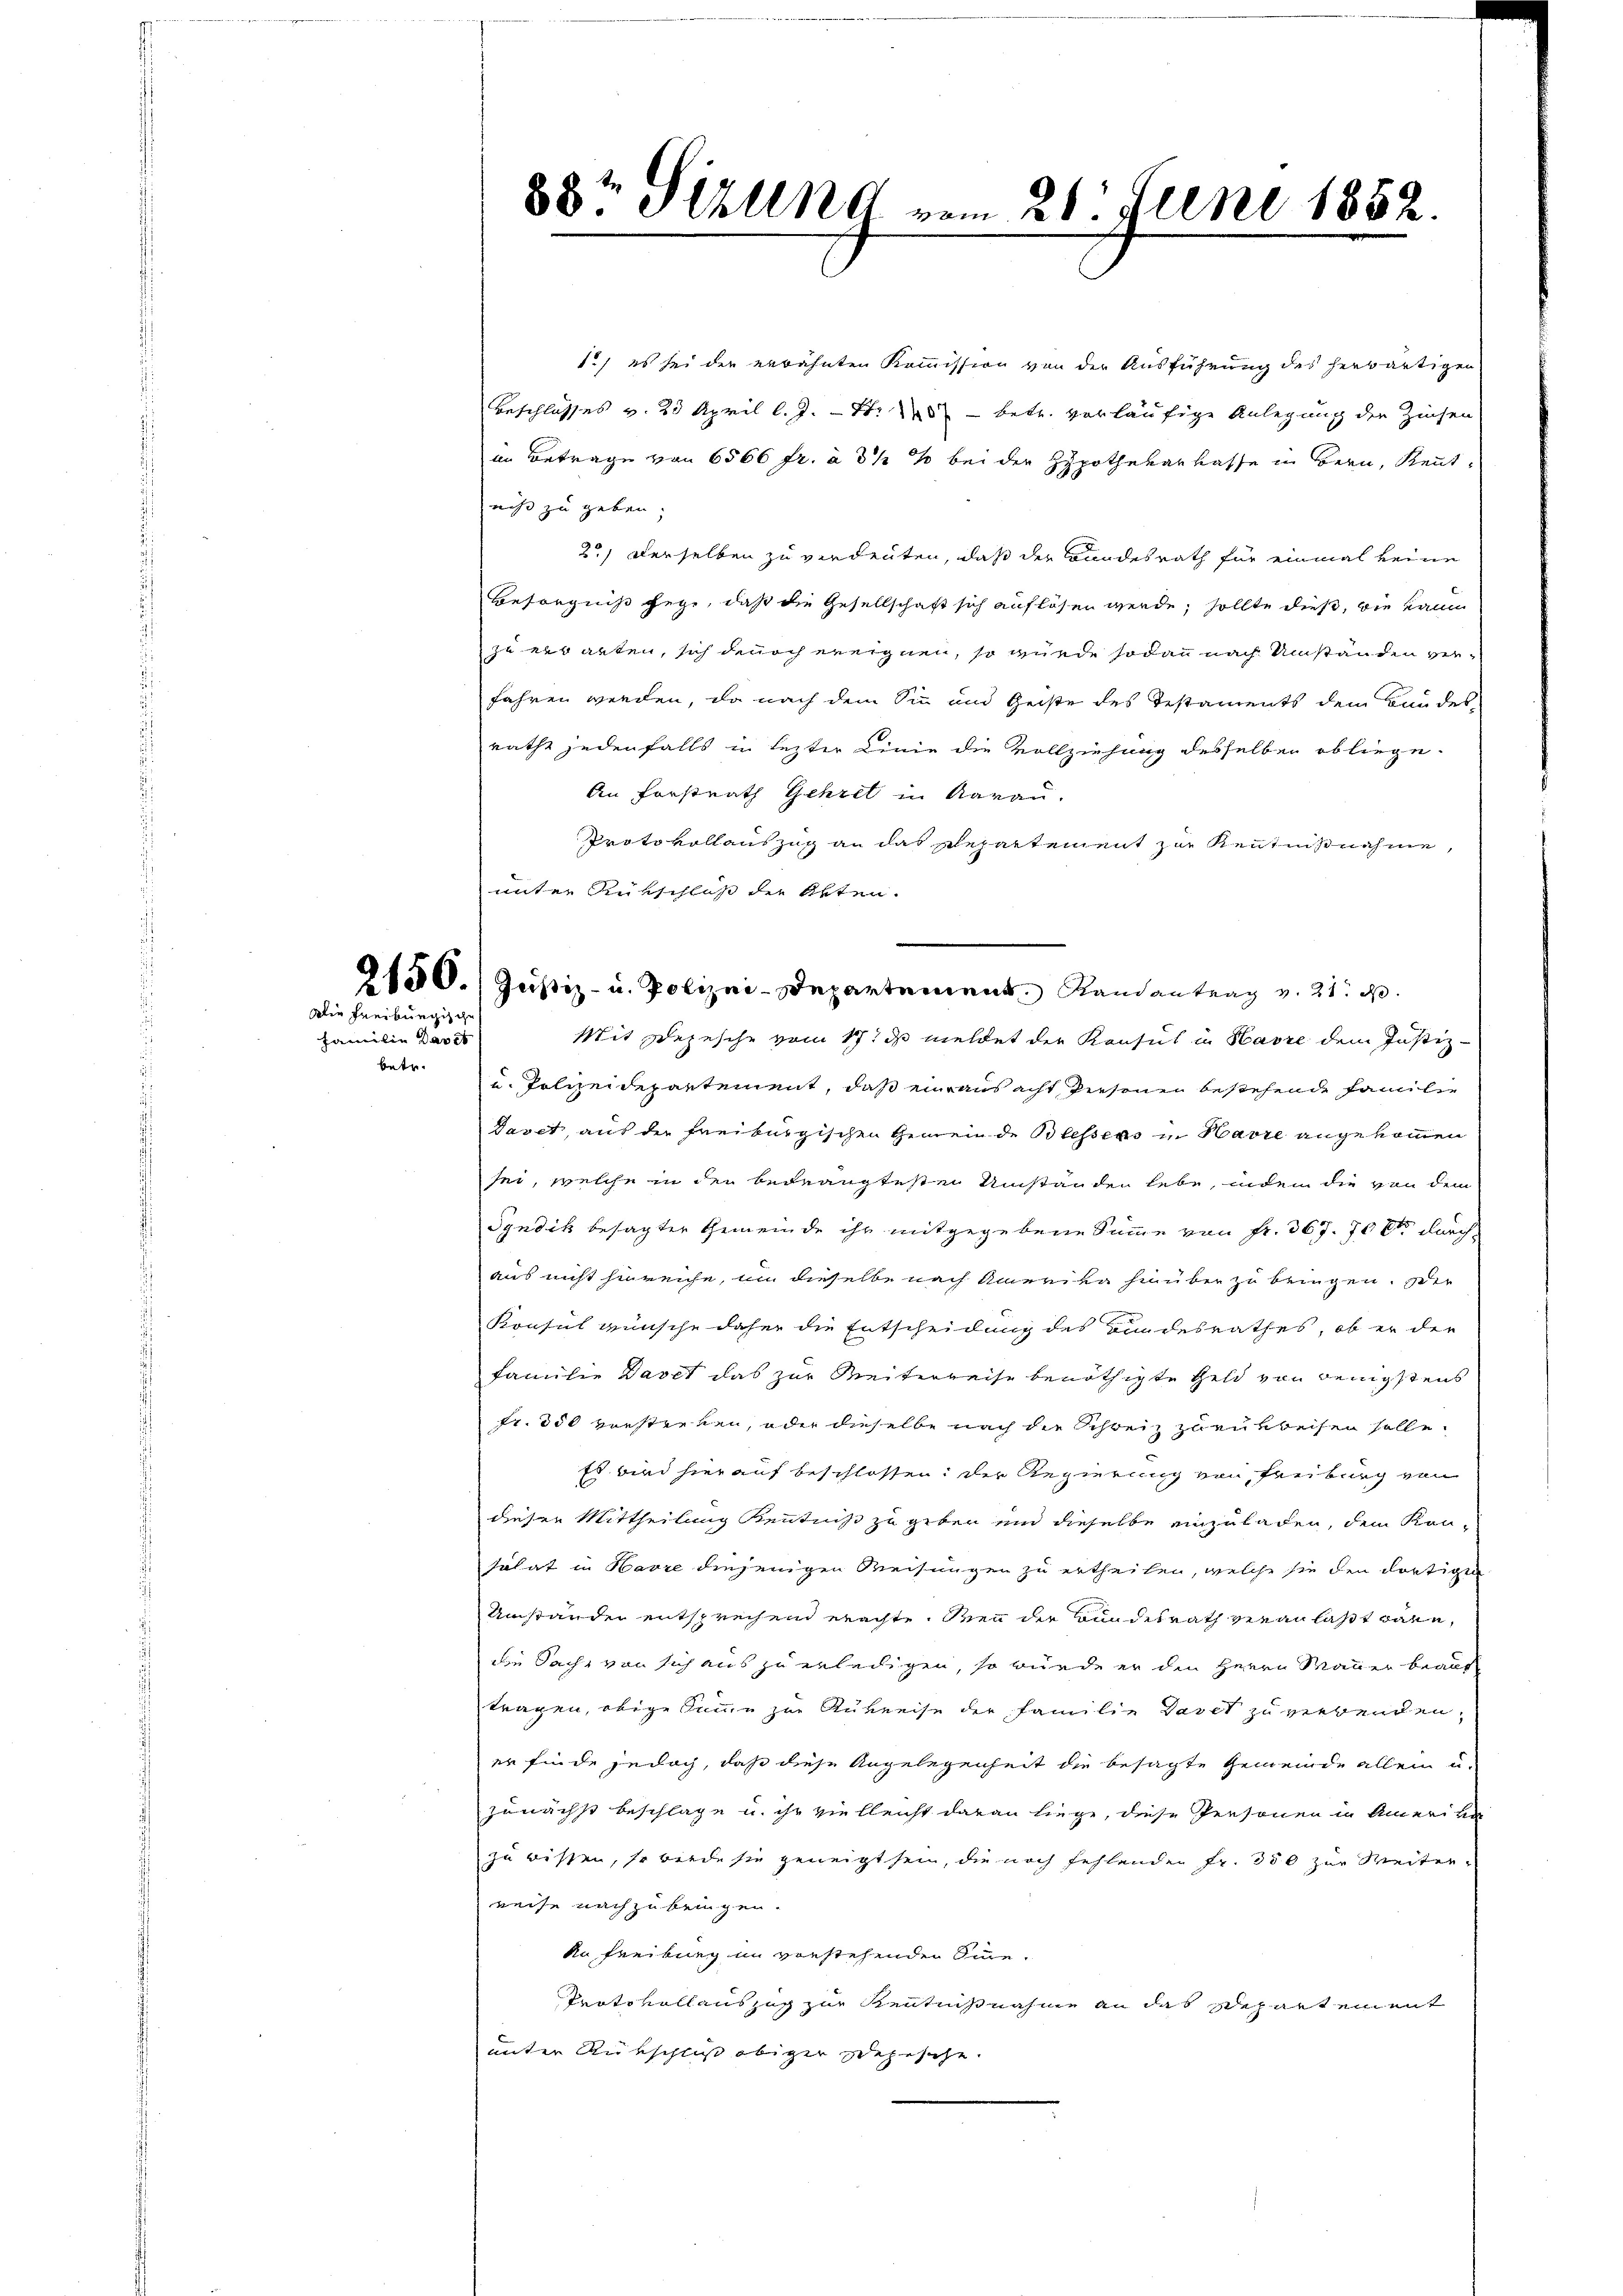
Die Freiburgisc

Familie das et
betr.

1.) es sei der erwähnten Kommission von der Ausführung des herwärtigen
Beschlosses v. 23 April l. J. St. - betr. vorläufige Anlegung der Zinsen
an Betrage von 6566 fr. à 3 1/2 % bei der Hypothekarkasse in Bern, Kenntnicht zu geben.
2) derselben zu verdeuten, daß der Bundesrath für einmal keine
Besorgniß gege, daß die Gesellschaft sich auflösen werde, sollte dieß, wie kann
zu erbanten, sich denoch ereignen, so würde sodann nach Umständen verfahren werden, da nach dem Sinn und Geiste des Testaments dem Bandel-
rathe jedenfalls in lezter Linie die Vollziehung desselben obliege.
An Forstrath Gehret in Aarau
Protokollauszug an das Repartement zur Kenntnißnahme,
unter Rükschluß der Akten.
.
Mit Depesche vom 17t ds meldet der Konsul in Havre dem Justiz-
u. Polizeidepartement, daß einaus acht Personen bestehende Familie
Davet, aus der Freiburgischen Gemeinde Blessers in Havre angekommen
sei, welche in den bedrängtesten Umständen lebe, indem die von dem
Syndik besagter Gemeinde ihr mitgegebene Summe von Fr. 367. 70 et durch
aus nicht hinreiche, um dieselbe nach Amerika hinüber zu bringen. Der
Konsul wünsche daher die Entscheidung des Bundesrathes, ob er der
Familie Daset das zur Weiterreise benöthigte Geld von wenigstens
fr. 350 verstreben, oder dieselbe nach die Schweiz zurükbeisen solle.
Es wird hierauf beschlossen: der Regierung von Freiburg von
dieser Mittheilung Kenntniß zu geben und dieselbe einzuladen, dem Kon-
solat in Havre diejenigen Weisungen zu ertheilen, welche sie den dortigen
Umstanden entsprechend erachte, den der Bundesrath veranlaßt wäre,
die Sache von sich aus zu erledigen, so würde er den Herrn Mauer beauf
tragen, obige Summe zur Rukreise der Familie Basel zu verbenden,
er finde jedoch, daß diese Angelegenheit die besagte Gemeinde allein u.
zunächst beschlage u. ihr vielleicht daran liege, diese Personen in Amerika
zu wissen, so werde sie geneigt sein, die noch fehlenden Fr. 350 zur Weiter-
reise nachzubeugen.
An Freibung in vorstehenden Sinne.
Protokollauszug zur Kenntnisnahme an das separt ein mit
unter Rückschlis obiger Depesche

38t Sizung vom 21. Juni 1882.

2150. Justiz- u. Polizei-Departement Randantrag v. 21. d.